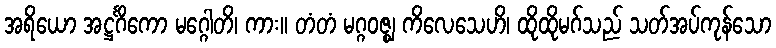
အရိယော အဋ္ဌင်္ဂိကော မဂ္ဂေါတိ၊ ကား။ တံတံ မဂ္ဂဝဇ္ဈ ကိလေသေဟိ၊ ထိုထိုမဂ်သည် သတ်အပ်ကုန်သော